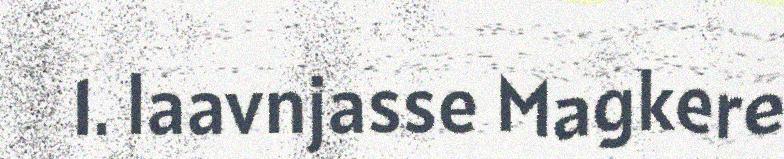
1. laavnjasse Magkere